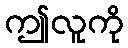
ဤလူကို